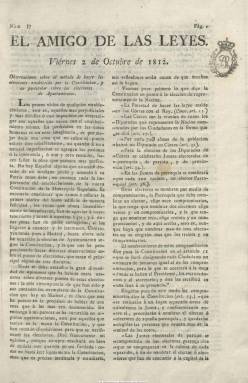
Título: El Amigo de las leyes
Colección: Periódicos anteriores a 1850
Ámbito geográfico: Madrid
Lugar de publicación: Madrid
Fechas: 02/10/1812-03/05/1814

Con este mismo título se publicó un periódico en Cádiz en 1812, trasladándose en septiembre de este año a Madrid, según señala Arco (1914) y recoge Gil Novales (2009). El que aparece en Madrid lo hace el dos de octubre del año citado, en números de cuatro páginas y compuesto a dos columnas, saliendo primero de la imprenta que fue de Fuentenebro, por su regente Manuel García, y después también de la de Francisco de la Parte. Siguiendo a Hartzenbusch (1894), Gómez Imaz (1910) lo tilda de “periódico político liberal”, y Mesonero Romanos lo tacha de “furibundo” liberal. Tras publicar su número 16 (1 dic. 1812) se suspende su publicación por hallarse la capital del reino ocupada por las tropas napoleónicas, reapareciendo el 15 de febrero de 1814, con el número 17. Su edición es atribuida al ingeniero de caminos y canales Francisco Javier Barra, que ya había sido acusado en 1813 de afrancesado. Un decreto de la Inquisición, de 22 de julio de 1815, prohibirá su lectura y ordenará recoger todos sus ejemplares, siendo condenado a una multa su editor, comisario de Caminos y Canales.

La colección de la Biblioteca Nacional de España la integran los dos primeros números, dedicados a unas observaciones sobre el método de hacer las elecciones establecido en la Constitución, y en particular sobre las elecciones a Ayuntamientos. Sus entregas de febrero a abril de 1814 las dedicó a la nueva división geográfica en provincias. Gil Novales ratifica que su colección la forman 39 números, correspondiendo el último al 3 de mayo de 1814. Su número 7 fue reimpreso en Córdoba. Era de frecuencia bisemanal, apareciendo viernes y martes, y fue uno de los periódicos que Benito Pérez Galdós utilizó como fuente para escribir sus Episodios nacionales.